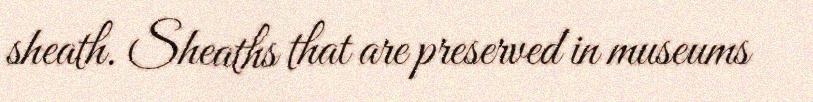
sheath. Sheaths that are preserved in museums